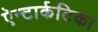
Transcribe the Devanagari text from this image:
ऐन्टार्कटिका